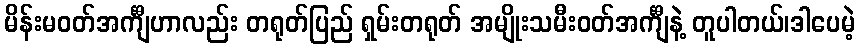
မိန်းမဝတ်အင်္ကျီဟာလည်း တရုတ်ပြည် ရှမ်းတရုတ် အမျိုးသမီးဝတ်အင်္ကျီနဲ့ တူပါတယ်၊ဒါပေမဲ့